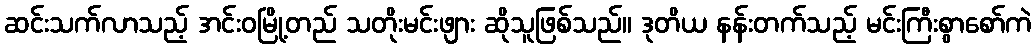
ဆင်းသက်လာသည့် အင်းဝမြို့တည် သတိုးမင်းဖျား ဆိုသူဖြစ်သည်။ ဒုတိယ နန်းတက်သည့် မင်းကြီးစွာစော်ကဲ